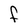
Character: F